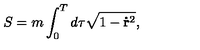
S = m \int _ { 0 } ^ { T } d \tau \sqrt { 1 - \mathbf { \dot { r } } ^ { 2 } } ,